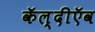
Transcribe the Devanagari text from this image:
कॅल्दीऍव